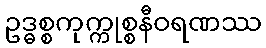
ဥဒ္ဓစ္စကုက္ကုစ္စနီဝရဏဿ